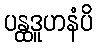
ပန္ထဒူဟနံပိ